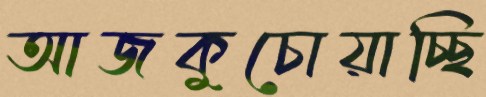
আজকুচোয়াচ্ছি